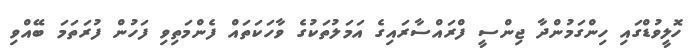
ހޮލީވުޑްގައި ހިންގަމުންދާ ޖިންސީ ފްރައްސާރައިގެ އަމަލުތަކުގެ ވާހަކަތައް ފެންމަތިވި ފަހުން ފުރަތަމަ ބޭއްވި